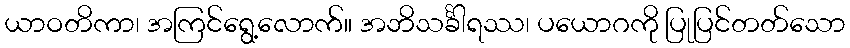
ယာဝတိကာ၊ အကြင်ရွေ့လောက်။ အဘိသင်္ခါရဿ၊ ပယောဂကို ပြုပြင်တတ်သော